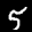
Label: 5